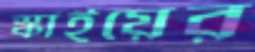
স্কাইয়ের